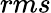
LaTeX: rms